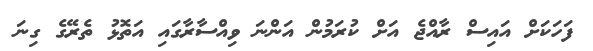
ފަހަކަށް އައިސް ރާއްޖެ އަށް ކުރަމުން އަންނަ ވިއްސާރާގައި އަތޮޅު ތެރޭގެ ގިނަ